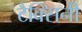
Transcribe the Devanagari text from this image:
टैक्सिनी